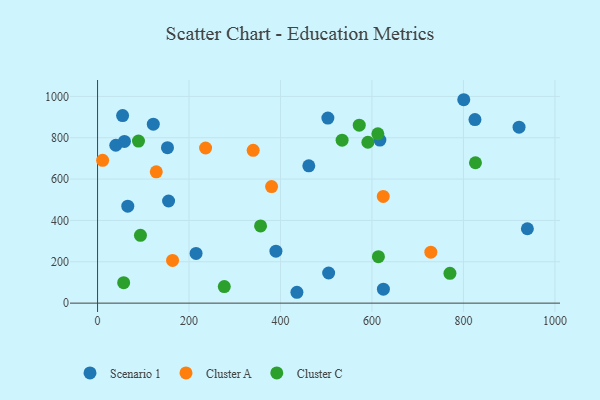
{"axis": {"x": "Study Hours", "y": "Fuel Efficiency"}, "legend": ["Cluster A", "Cluster C", "Scenario 1"], "data": [{"x": "121.9", "y": 865.7, "type": "Scenario 1"}, {"x": "461.9", "y": 664.2, "type": "Scenario 1"}, {"x": "39.9", "y": 763.8, "type": "Scenario 1"}, {"x": "155.3", "y": 494.0, "type": "Scenario 1"}, {"x": "390.0", "y": 251.2, "type": "Scenario 1"}, {"x": "435.9", "y": 52.5, "type": "Scenario 1"}, {"x": "505.3", "y": 145.8, "type": "Scenario 1"}, {"x": "800.7", "y": 984.0, "type": "Scenario 1"}, {"x": "215.4", "y": 240.3, "type": "Scenario 1"}, {"x": "617.3", "y": 789.0, "type": "Scenario 1"}, {"x": "54.8", "y": 907.4, "type": "Scenario 1"}, {"x": "503.6", "y": 895.4, "type": "Scenario 1"}, {"x": "58.8", "y": 782.3, "type": "Scenario 1"}, {"x": "625.0", "y": 67.6, "type": "Scenario 1"}, {"x": "152.9", "y": 751.8, "type": "Scenario 1"}, {"x": "825.2", "y": 888.1, "type": "Scenario 1"}, {"x": "66.1", "y": 469.0, "type": "Scenario 1"}, {"x": "921.6", "y": 851.3, "type": "Scenario 1"}, {"x": "939.8", "y": 359.9, "type": "Scenario 1"}, {"x": "128.4", "y": 635.1, "type": "Cluster A"}, {"x": "11.1", "y": 690.8, "type": "Cluster A"}, {"x": "164.0", "y": 206.6, "type": "Cluster A"}, {"x": "236.2", "y": 750.4, "type": "Cluster A"}, {"x": "380.5", "y": 563.9, "type": "Cluster A"}, {"x": "340.3", "y": 739.3, "type": "Cluster A"}, {"x": "624.7", "y": 516.0, "type": "Cluster A"}, {"x": "728.7", "y": 246.3, "type": "Cluster A"}, {"x": "277.1", "y": 80.0, "type": "Cluster C"}, {"x": "591.1", "y": 778.3, "type": "Cluster C"}, {"x": "572.2", "y": 860.9, "type": "Cluster C"}, {"x": "612.9", "y": 818.9, "type": "Cluster C"}, {"x": "356.4", "y": 373.5, "type": "Cluster C"}, {"x": "826.3", "y": 679.0, "type": "Cluster C"}, {"x": "614.1", "y": 224.8, "type": "Cluster C"}, {"x": "770.5", "y": 144.2, "type": "Cluster C"}, {"x": "534.7", "y": 788.2, "type": "Cluster C"}, {"x": "57.1", "y": 99.1, "type": "Cluster C"}, {"x": "89.5", "y": 784.1, "type": "Cluster C"}, {"x": "93.8", "y": 328.1, "type": "Cluster C"}]}